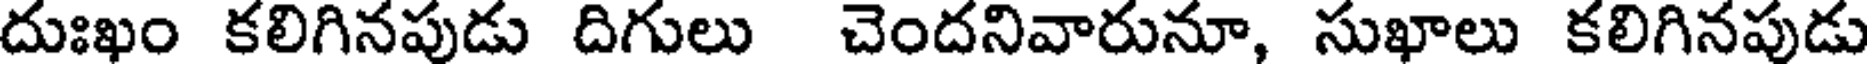
దుఃఖం కలిగినపుడు దిగులు చెందనివారునూ, సుఖాలు కలిగినపుడు